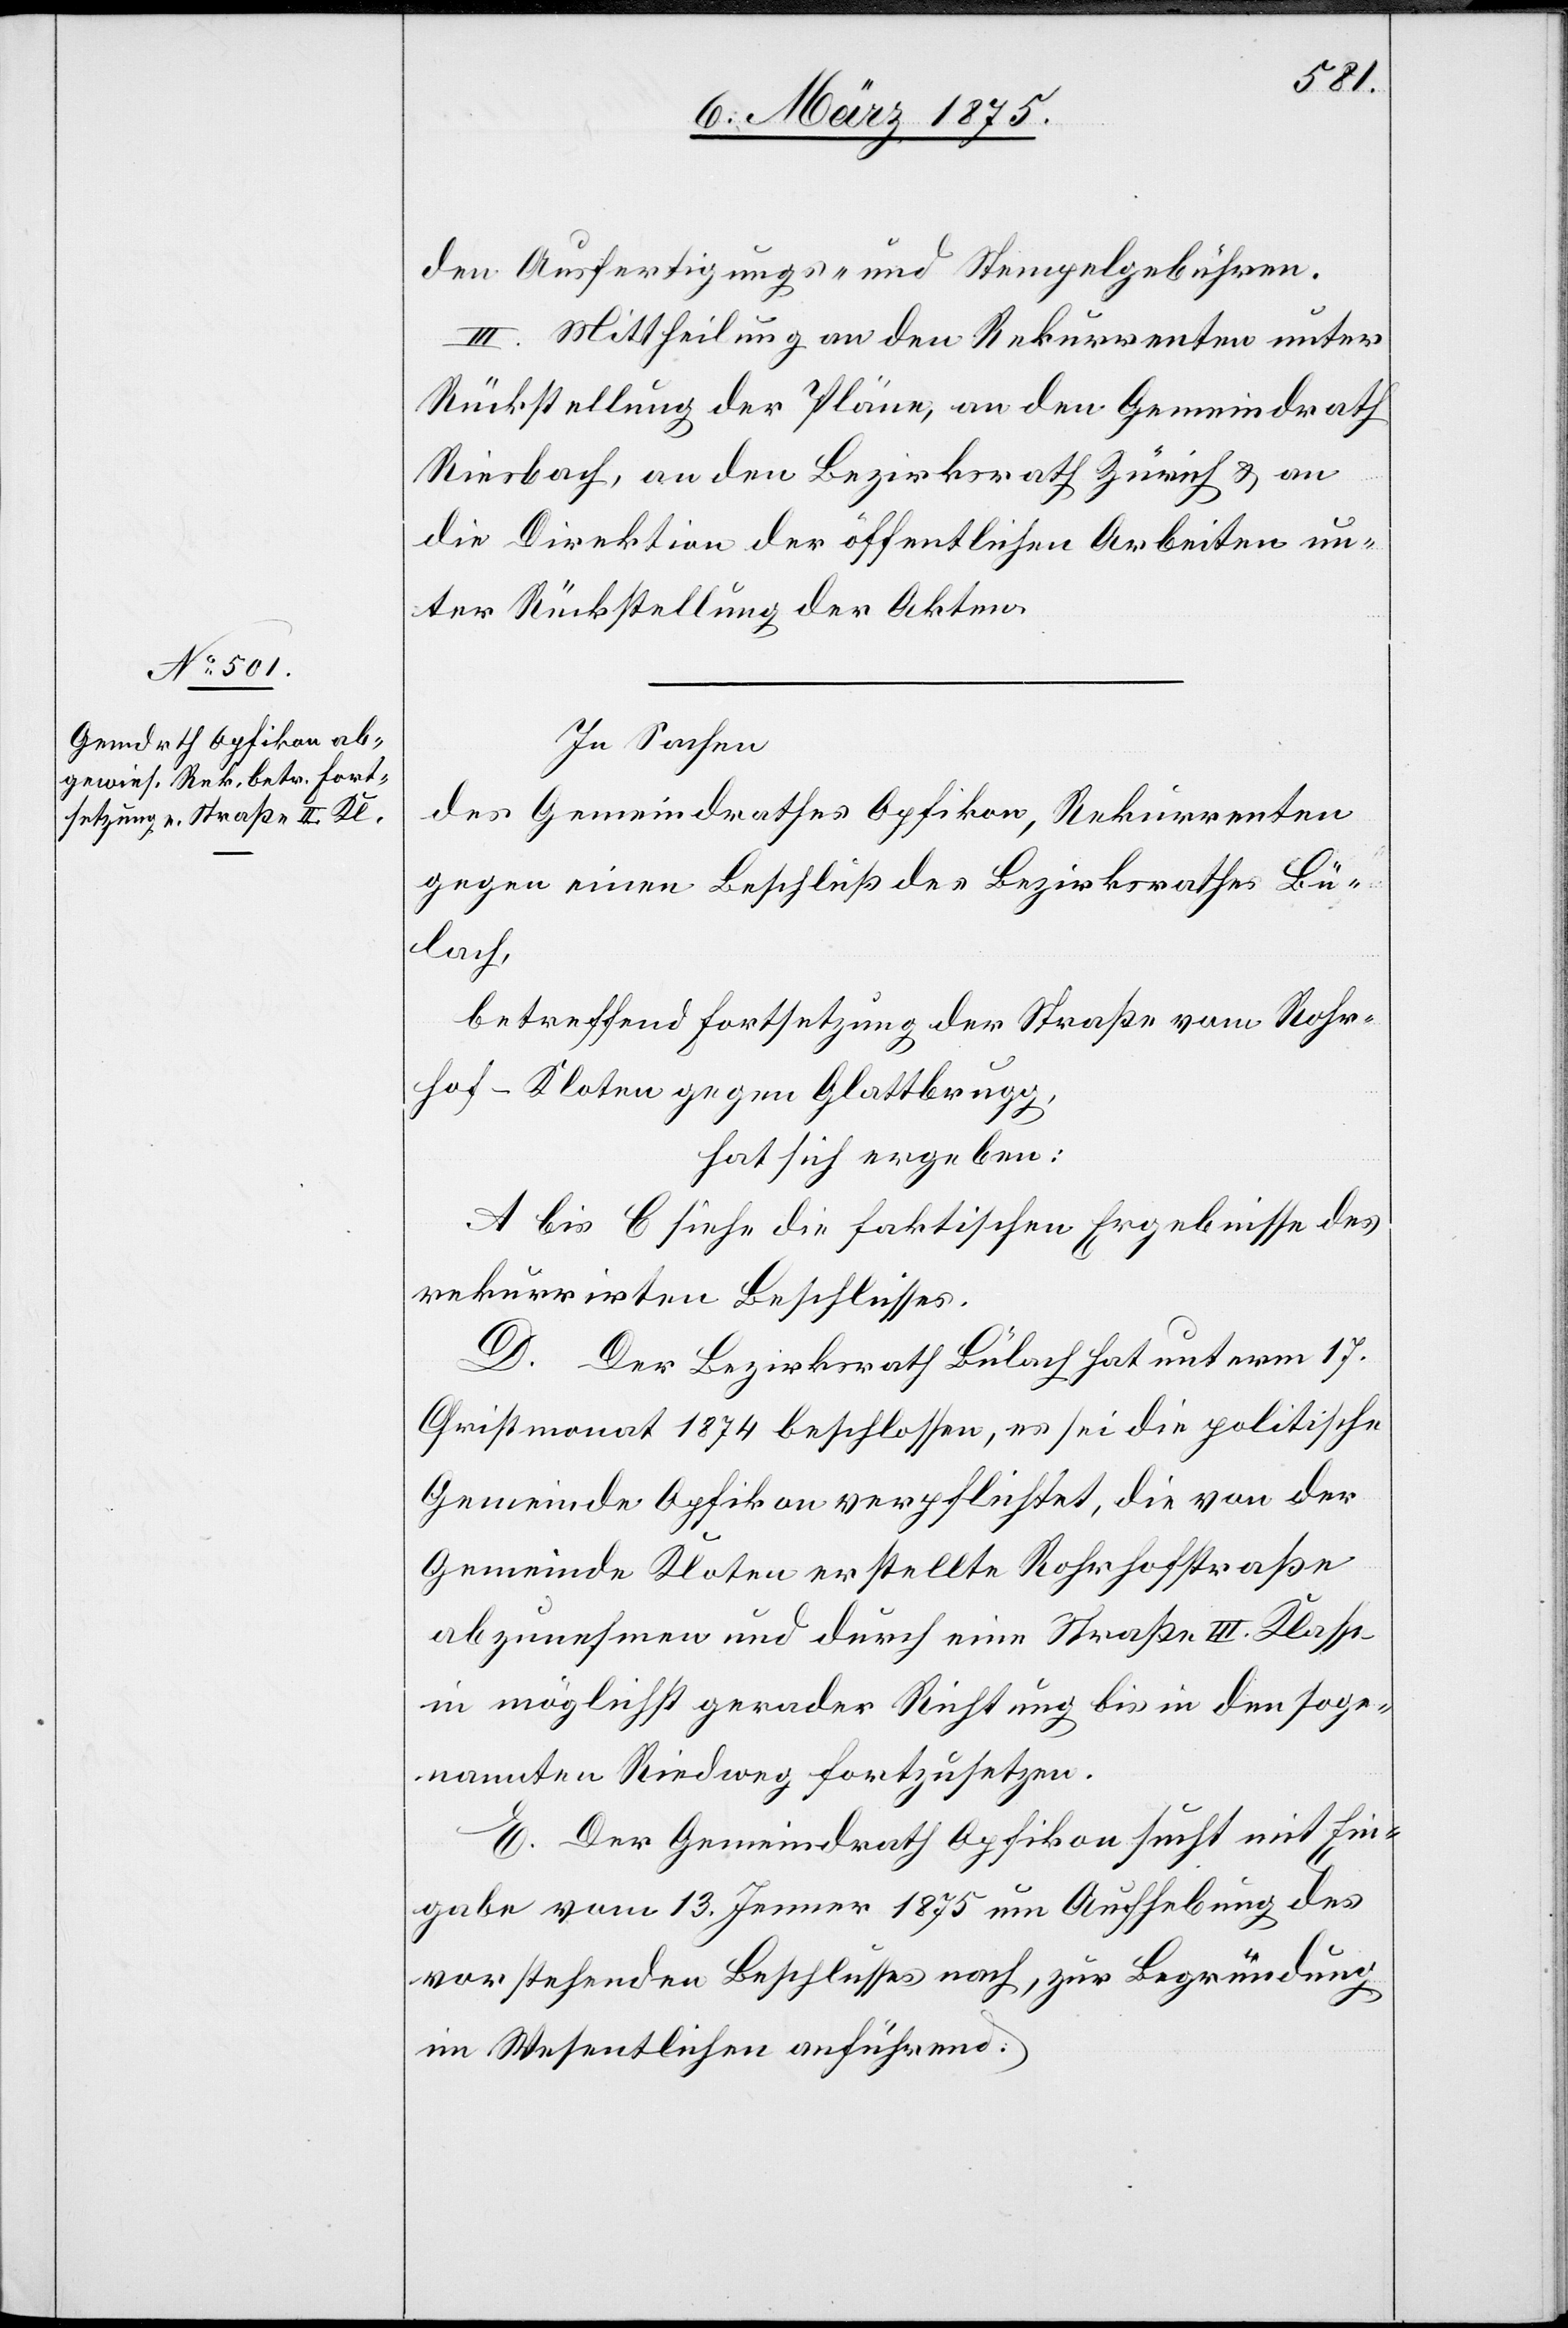
den Ausfertigungs- und Stempelgebühren.
III. Mittheilung an den Rekurrenten unter
Rückstellung der Pläne, an den Gemeindrath
Riesbach, an den Bezirksrath Zürich u. an
die Direktion der öffentlichen Arbeiten un¬
ter Rückstellung der Akten.
In Sachen
des Gemeindrathes Opfikon, Rekurrenten
gegen einen Beschluß des Bezirksrathes Bü¬
lach,
betreffend Fortsetzung der Straße vom Rohr¬
hof-Kloten gegen Glattbrugg,
hat sich ergeben:
A bis C siehe die faktischen Ergebnisse des
rekurrirten Beschlusses.
D. Der Bezirksrath Bülach hat unterm 17.
Christmonat 1874 beschlossen, es sei die politische
Gemeinde Opfikon verpflichtet, die von der
Gemeinde Kloten erstellte Rohrhofstraße
abzunehmen und durch eine Straße III. Klasse
in möglichst gerader Richtung bis in den soge¬
nannten Riedweg fortzusetzen.
E. Der Gemeindrath Opfikon sucht mit Ein¬
gabe vom 13. Jenner 1875 um Aufhebung des
vorstehenden Beschlusses nach, zur Begründung
im Wesentlichen anführend: